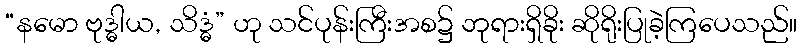
“နမော ဗုဒ္ဓါယ, သိဒ္ဓံ” ဟု သင်ပုန်းကြီးအစ၌ ဘုရားရှိခိုး ဆိုရိုးပြုခဲ့ကြပေသည်။